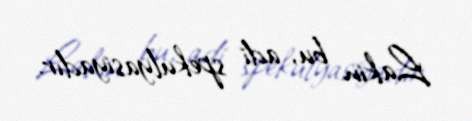
Lakin bu, adi spekulyasiyadır.